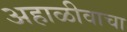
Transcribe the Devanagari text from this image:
अहाळीवाचा